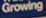
Growing